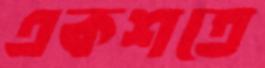
একশতে